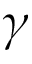
\gamma